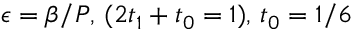
\epsilon = \beta / P , \, ( 2 t _ { 1 } + t _ { 0 } = 1 ) , \, t _ { 0 } = 1 / 6